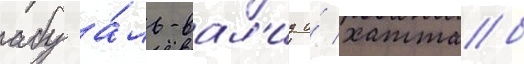
абу а́ль-вал'ид и́ хаттаб